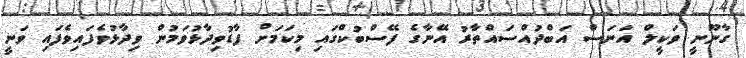
ގާނޫނީ ވަކީލް އަނަސް އަބްދުއްސައްތާރު އޭނާގެ ފޭސްބުކްގައި މިކަމަށް ފާޑުވިދާޅުވަމުން ވިދާޅުވެފައިވެފައި ވަނީ